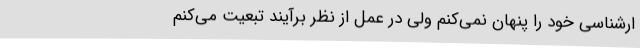
ارشناسی خود را پنهان نمی‌کنم ولی در عمل از نظر برآیند تبعیت می‌کنم